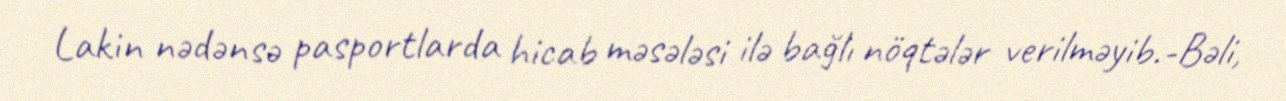
Lakin nədənsə pasportlarda hicab məsələsi ilə bağlı nöqtələr verilməyib.-Bəli,